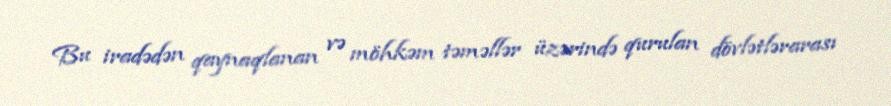
Bu iradədən qaynaqlanan və möhkəm təməllər üzərində qurulan dövlətlərarası